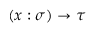
( x : \sigma ) \to \tau